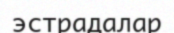
эстрадалар